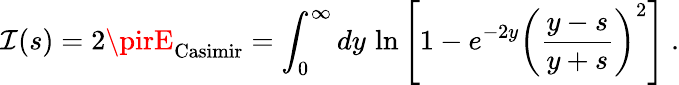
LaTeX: \mathcal{I}(s)=2\pirE_{\mathrm{{Casimir}}}=\int_{0}^{\infty}dy\, \ln\left[1-e^{-2y}\left({\frac{{y-s}}{{y+s}}}\right)^{2}\right]\ .